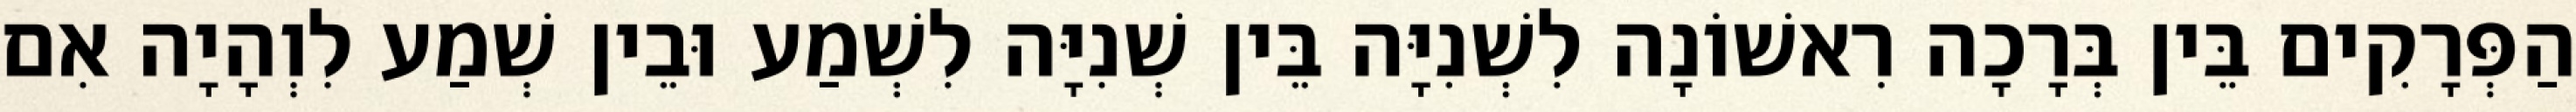
הַפְּרָקִים בֵּין בְּרָכָה רִאשׁוֹנָה לִשְׁנִיָּה בֵּין שְׁנִיָּה לִשְׁמַע וּבֵין שְׁמַע לִוְהָיָה אִם